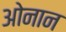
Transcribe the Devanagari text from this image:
ओनान